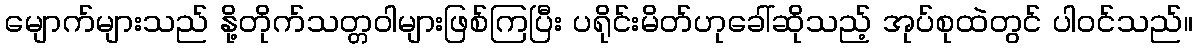
မျောက်များသည် နို့တိုက်သတ္တဝါများဖြစ်ကြပြီး ပရိုင်းမိတ်ဟုခေါ်ဆိုသည့် အုပ်စုထဲတွင် ပါဝင်သည်။